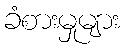
ခံစားမှုများ